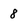
Character: 8